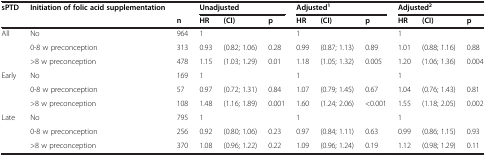
| sPTD | Initiation of folic acid supplementation |  | <COLSPAN=3> Unadjusted | <COLSPAN=3> Adjusted1 | <COLSPAN=3> Adjusted2 |
 |  |  | n | HR | (CI) | p | HR | (CI) | p | HR | (CI) | p |
 | --- | --- | --- | --- | --- | --- | --- | --- | --- | --- | --- | --- |
 | All | No | 964 | 1 |  |  | 1 |  |  | 1 |  |  |
 |  | 0-8 w preconception | 313 | 0.93 | (0.82; 1.06) | 0.28 | 0.99 | (0.87; 1.13) | 0.89 | 1.01 | (0.88; 1.16) | 0.88 |
 |  | >8 w preconception | 478 | 1.15 | (1.03; 1.29) | 0.01 | 1.18 | (1.05; 1.32) | 0.005 | 1.20 | (1.06; 1.36) | 0.004 |
 | Early | No | 169 | 1 |  |  | 1 |  |  | 1 |  |  |
 |  | 0-8 w preconception | 57 | 0.97 | (0.72; 1.31) | 0.84 | 1.07 | (0.79; 1.45) | 0.67 | 1.04 | (0.76; 1.43) | 0.81 |
 |  | >8 w preconception | 108 | 1.48 | (1.16; 1.89) | 0.001 | 1.60 | (1.24; 2.06) | <0.001 | 1.55 | (1.18; 2.05) | 0.002 |
 | Late | No | 795 | 1 |  |  | 1 |  |  | 1 |  |  |
 |  | 0-8 w preconception | 256 | 0.92 | (0.80; 1.06) | 0.23 | 0.97 | (0.84; 1.11) | 0.63 | 0.99 | (0.86; 1.15) | 0.93 |
 |  | >8 w preconception | 370 | 1.08 | (0.96; 1.22) | 0.22 | 1.09 | (0.96; 1.24) | 0.19 | 1.12 | (0.98; 1.29) | 0.11 |